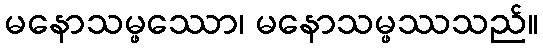
မနောသမ္ဖဿော၊ မနောသမ္ဖဿသည်။